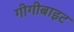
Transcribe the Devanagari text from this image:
गीगीबाइट